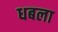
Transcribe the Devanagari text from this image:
धबला